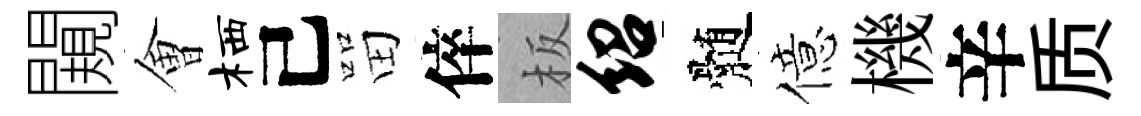
闚㑹栖己㽞倅板绍髄億機辛质